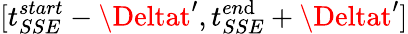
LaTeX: [t_{SSE}^{start}-\Deltat^{\prime},t_{SSE}^{en\mathrm{d}}+\Deltat^{\prime}]